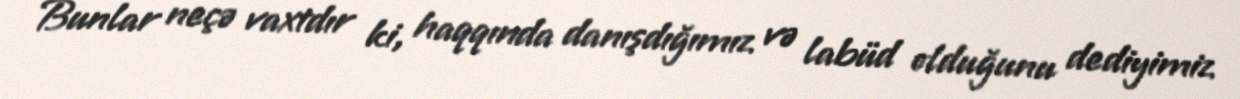
Bunlar neçə vaxtdır ki, haqqında danışdığımız və labüd olduğunu dediyimiz